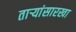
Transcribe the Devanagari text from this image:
तार्‍यांसारखा